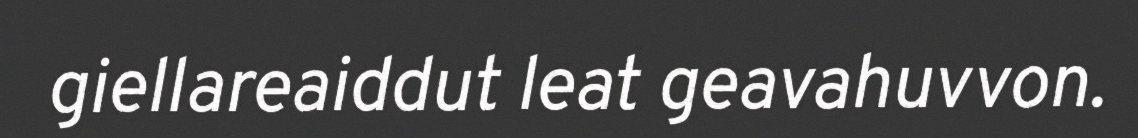
giellareaiddut leat geavahuvvon.